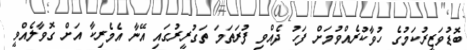
ބޮޑުވަޒީރުކަމުގެ ހުވާކުރެއްވުމަށް ފަހު ދެއްވި ފުރަތަމަ ތަގުރީރުގައި އޭނާ އެމެރިކާ އަށް ގޮވާލެއްވީ